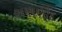
સણણોદ